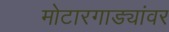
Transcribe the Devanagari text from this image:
मोटारगाड्यांवर